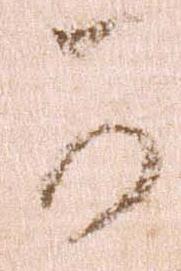
可